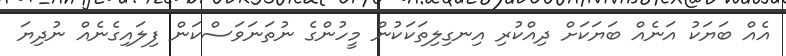
އެއް ބަޔަކު އަނެއް ބަޔަކަށް ދިއްކުރި އިނގިލިތަކަކުން މީހުންގެ ނުތަނަވަސްކަން ފިލައިގެނެއް ނުދިޔަ